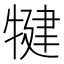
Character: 犍